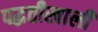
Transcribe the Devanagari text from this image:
पद्धतीखाली